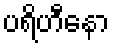
ပရိဟီနော